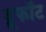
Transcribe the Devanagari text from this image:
ट्रूफॉट